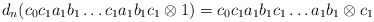
\begin{align*}d_n(c_0c_1a_1b_1 \dots c_1a_1b_1c_1 \otimes 1) = c_0c_1a_1b_1c_1 \dots a_1b_1 \otimes c_1\end{align*}